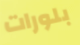
بلورات